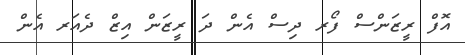
އޮފް ރީޒަންސް ފޯރ ދިސް އެން ދަ ރީޒަން އިޒް ދެއަރ އެން